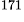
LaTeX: ^\textrm{\scriptsize 171}